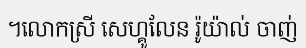
។លោកស្រី សេហ្គូលែន រ៉ូយ៉ាល់ ចាញ់